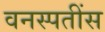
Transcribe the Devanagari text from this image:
वनस्पतींस